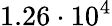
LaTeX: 1.26\cdot 10^{4}